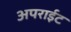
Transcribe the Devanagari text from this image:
अपराईट